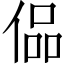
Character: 偘